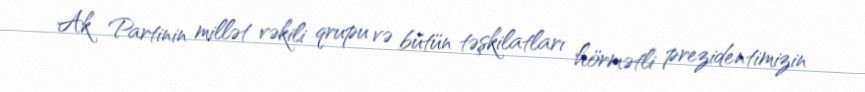
Ak Partinin millət vəkili qrupu və bütün təşkilatları hörmətli prezidentimizin